Indian journal of veterinary science and animal husbandry - Volumes 22-23, 1952-1953
Year: 1952
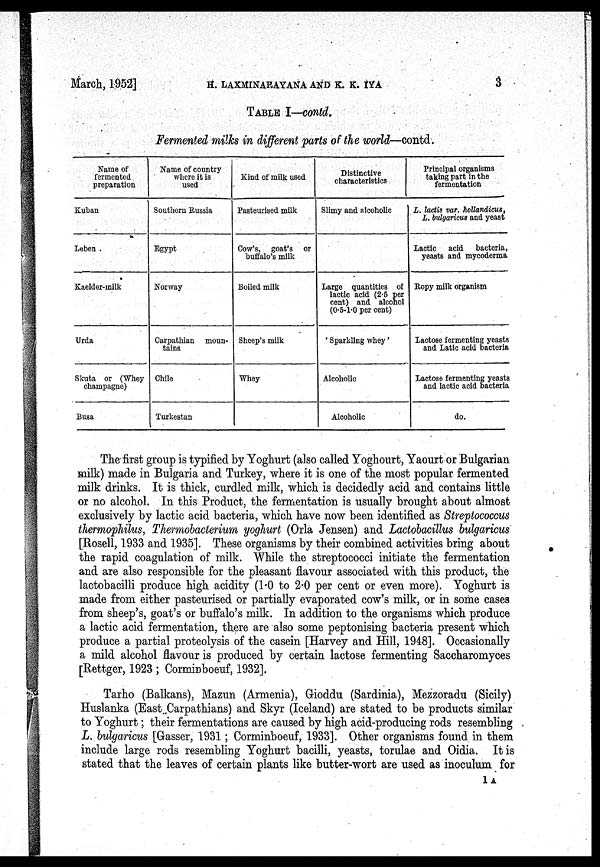
March, 1952]
H.
LAXMINARAYANA
AND
K.
K.
IYA
3
TABLE I—contd.
Fermented milks in different parts of the world—contd.
Name of
fermented
preparation
Kuban
Leben .
Kaelder-milk
Urda
Skuta or (Whey
champagne)
Busa
Name of country
where it is
used
Southern Russia
Egypt
Norway
Carpathian moun-
tains
Chile
Turkestan
Kind of milk used
Pasteurised milk
Cow's, goat's or
buffalo's milk
Boiled milk
Sheep's milk
Whey
Distinctive
characteristics
Slimy and alcoholic
Large quantities of
lactic acid (2.5 per
cent) and alcohol
(0.5.1.0 per cent)
' Sparkling whey'
Alcoholic
Alcoholic
Principal organisms
taking part in the
fermentation
L. lactis var. hollandicus,
L. bulgaricus and yeast
Lactic acid bacteria,
yeasts and mycoderma
Ropy milk organism
Lactose fermenting yeasts
and Latic acid bacteria
Lactose fermenting yeasts
and lactic acid bacteria
do.
The first group is typified by Yoghurt (also called Yoghourt, Yaourt or Bulgarian
milk) made in Bulgaria and Turkey, where it is one of the most popular fermented
milk drinks. It is thick, curdled milk, which is decidedly acid and contains little
or no alcohol. In this Product, the fermentation is usually brought about almost
exclusively by lactic acid bacteria, which have now been identified as Streptococcus
thermophilus, Thermobacterium yoghurt (Orla Jensen) and Lactobacillus bulgaricus
[Rosell, 1933 and 1935]. These organisms by their combined activities bring about
the rapid coagulation of milk. While the streptococci initiate the fermentation
and are also responsible for the pleasant flavour associated with this product, the
lactobacilli produce high acidity (1.0 to 2.0 per cent or even more). Yoghurt is
made from either pasteurised or partially evaporated cow's milk, or in some cases
from sheep's, goat's or buffalo's milk. In addition to the organisms which produce
a lactic acid fermentation, there are also some peptonising bacteria present which
produce a partial proteolysis of the casein [Harvey and Hill, 1948]. Occasionally
a mild alcohol flavour is produced by certain lactose fermenting Saccharomyces
[Rettger, 1923 ; Corminboeuf, 1932].
Tarho (Balkans), Mazun (Armenia), Gioddu (Sardinia), Mezzoradu (Sicily)
Huslanka (East Carpathians) and Skyr (Iceland) are stated to be products similar
to Yoghurt; their fermentations are caused by high acid-producing rods resembling
L. bulgaricus [Gasser, 1931; Corminboeuf, 1933]. Other organisms found in them
include large rods resembling Yoghurt bacilli, yeasts, torulae and Oidia. It is
stated that the leaves of certain plants like butter-wort are used as inoculum for
1A